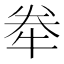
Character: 牶